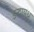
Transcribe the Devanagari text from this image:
इन्द्रायुध